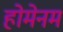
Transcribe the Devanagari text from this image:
होमेनम